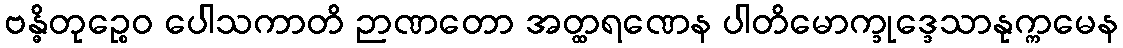
ဗန္ဓိတုဉ္စေဝ ပေါသကာတိ ဉာဏတော အတ္ထရဏေန ပါတိမောက္ခုဒ္ဒေသာနုက္ကမေန